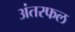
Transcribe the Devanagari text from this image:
अंतरफल